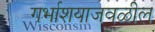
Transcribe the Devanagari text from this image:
गर्भाशयाजवळील